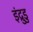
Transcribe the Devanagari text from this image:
इंद्रुडु